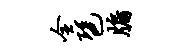
全琶牖